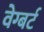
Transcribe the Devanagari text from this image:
वेग्बर्ट